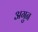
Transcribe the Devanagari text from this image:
अगुन